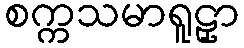
စက္ကသမာရူဠှာ